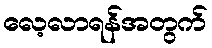
လေ့လာရန်အတွက်